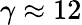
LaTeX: \gamma\approx 12